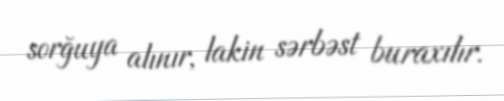
sorğuya alınır, lakin sərbəst buraxılır.